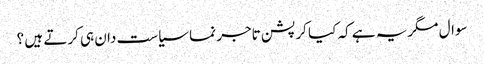
سوال مگریہ ہے کہ کیا کرپشن تاجر نما سیاست دان ہی کرتے ہیں ؟